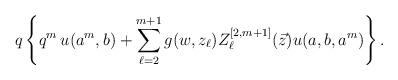
LaTeX: \begin{align*}q\left\{q^{m}\, u(a^{m}, b)+\sum_{\ell=2}^{m+1}g(w, z_{\ell})Z_{\ell}^{[2, m+1]}(\vec{z}) u(a, b, a^{m}) \right\}.\end{align*}